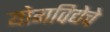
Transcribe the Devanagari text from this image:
योगविद्येचे